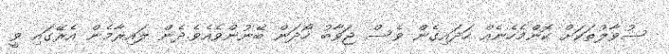
ސުވާލުތަކަށް ކޮންމެހެނެއް ހަދައިގެން ވެސް ޖަވާބު ހޯދަން ބޭނުންވެއެވެ.ދެން ލައިރާމެން އެރޭގައި ވީ